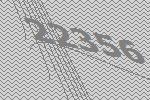
22356